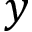
y